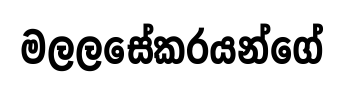
මලලසේකරයන්ගේ